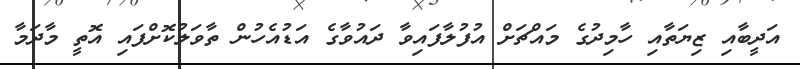
އަދީބާއި ޒިޔަތާއި ހާމިިދުގެ މައްޗަށް އުފުލާފައިވާ ދައުވާގެ އަޑުއެހުން ތާވަލުކޮށްފައި އޮތީ މާދަމާ